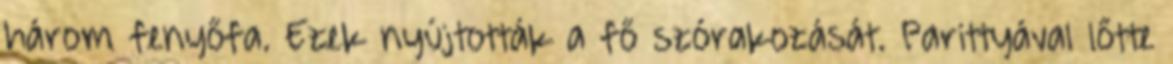
három fenyőfa. Ezek nyújtották a fő szórakozását. Parittyával lőtte